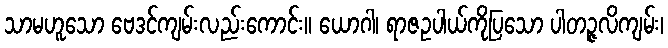
သာမဟူသော ဗေဒင်ကျမ်းလည်းကောင်း။ ယောဂါ၊ ရာဇဥပါယ်ကိုပြသော ပါတဉ္ဇလိကျမ်း၊